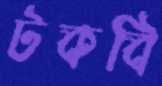
টকবি